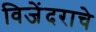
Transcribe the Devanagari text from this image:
विजेंदराचे